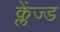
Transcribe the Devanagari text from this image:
क्लेंज्ड